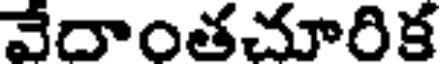
వేదాంతచూరిక